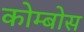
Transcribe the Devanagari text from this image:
कोम्बोस